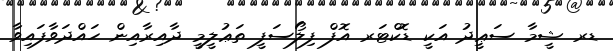
ޑރ ޝީމާ ސަޢީދު އަކީ ޑޮކްޓަރ އޮފް ފިލޯސަފީ ތަޢުލީމީ ދާއިރާއިން ހައްދަވާފައިވާ